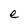
Character: e